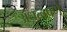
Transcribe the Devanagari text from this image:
अंधत्वपणे